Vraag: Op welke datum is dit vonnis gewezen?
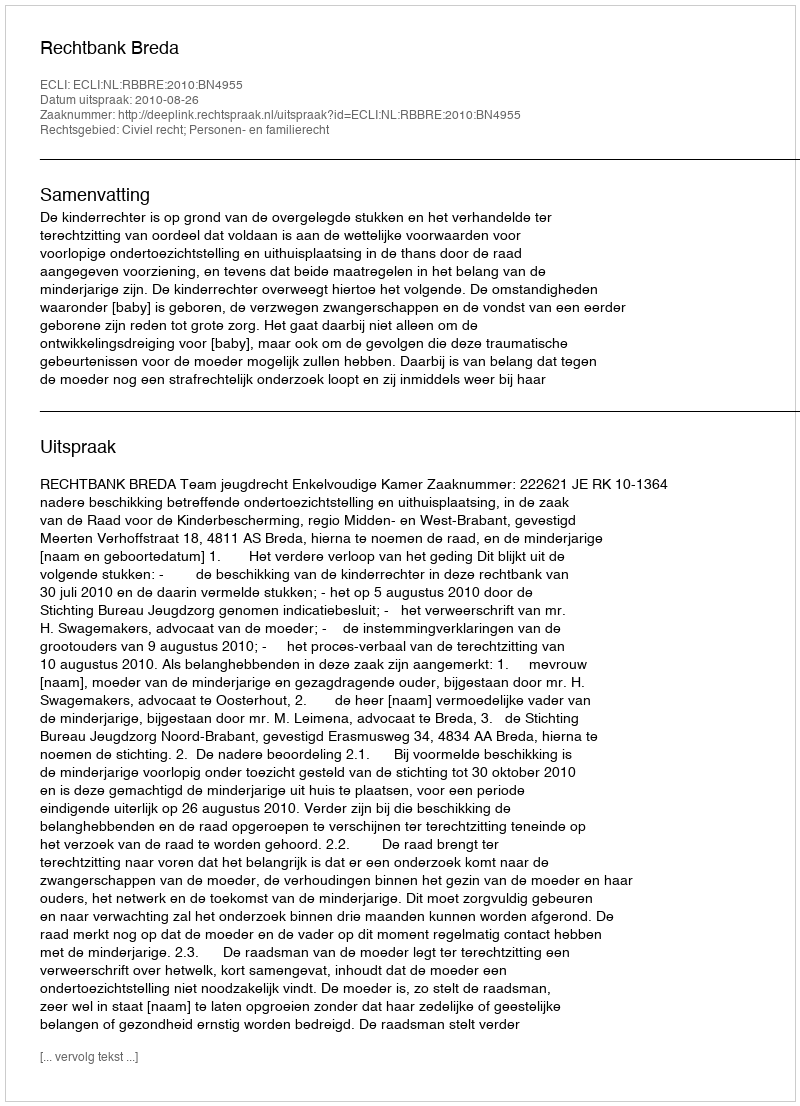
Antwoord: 2010-08-26